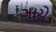
ગારો